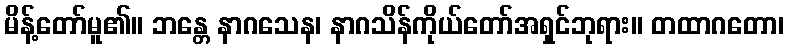
မိန့်တော်မူ၏။ ဘန္တေ နာဂသေန၊ နာဂသိန်ကိုယ်တော်အရှင်ဘုရား။ တထာဂတော၊